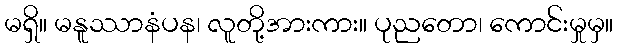
မရှိ။ မနူဿာနံပန၊ လူတို့အားကား။ ပုညတော၊ ကောင်းမှုမှ။